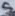
Text: 5